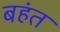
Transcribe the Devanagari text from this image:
बहंत